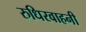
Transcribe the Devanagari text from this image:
रुधिरवाहनी